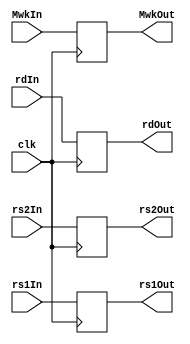
module AddressReg(
        input clk,  //
        input [4:0] rs1In,
        input [4:0] rs2In,
        input [4:0] rdIn,
        input MwkIn,
        output reg [4:0] rs1Out,
        output reg [4:0] rs2Out,
        output reg [4:0] rdOut,
        output reg MwkOut
    );
    initial begin
        rs1Out <= 0;
        rs2Out <= 0;
        rdOut <= 0;
    end
    always @(negedge clk) begin
        rs1Out <= rs1In;
        rs2Out <= rs2In;
        rdOut <= rdIn;
        MwkOut <= MwkIn;
    end
endmodule